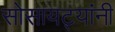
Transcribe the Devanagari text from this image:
सोसायट्यांनी